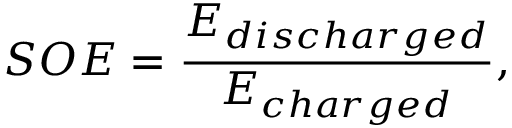
S O E = \frac { E _ { d i s c h a r g e d } } { E _ { c h a r g e d } } ,